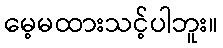
မေ့မထားသင့်ပါဘူး။